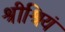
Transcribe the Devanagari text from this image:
श्रीश्रियं